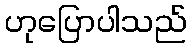
ဟုပြောပါသည်